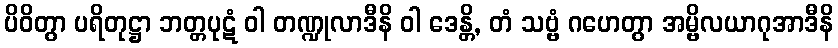
ပိဝိတွာ ပရိတုဋ္ဌာ ဘတ္တပုဋံ ဝါ တဏ္ဍုလာဒီနိ ဝါ ဒေန္တိ, တံ သဗ္ဗံ ဂဟေတွာ အမ္ဗိလယာဂုအာဒီနိ